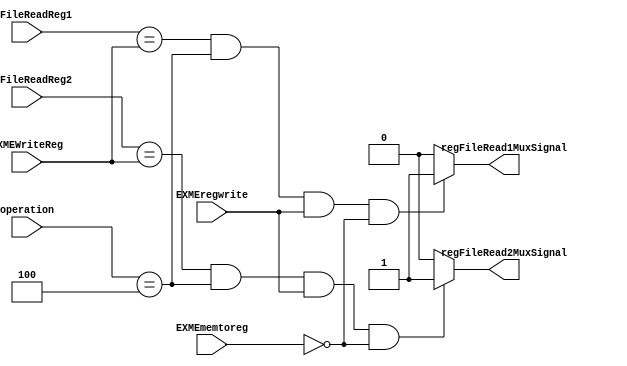
module diForwardingUnit (input [4:0] regFileReadReg1, input [4:0] regFileReadReg2, input [5:0] operation, input EXMEregwrite,input EXMEmemtoreg, input [4:0] EXMEWriteReg, output reg regFileRead1MuxSignal, output reg regFileRead2MuxSignal);

	parameter beqOperation = 6'b000100;
		 // nofrwrd = 2'b00,
			//  frwrdFromEXMEM = 2'b01,
			//  frwrdFromMEMWB = 2'b10;

	//reg frwrdReg1;
	//reg frwrdReg1Data;
	//reg frwrdReg2;
	//reg frwrdReg2Data;

	initial begin regFileRead1MuxSignal = 0 ;  regFileRead2MuxSignal = 0; end

	always @(*) begin

		if (regFileReadReg1 == EXMEWriteReg && operation == beqOperation && EXMEregwrite == 1'b1 && EXMEmemtoreg == 0) begin
			regFileRead1MuxSignal <=1;
		end
		else regFileRead1MuxSignal <= 0;

		if (regFileReadReg2 == EXMEWriteReg && operation == beqOperation && EXMEregwrite == 1'b1 && EXMEmemtoreg == 0 ) begin
			regFileRead2MuxSignal <=1;
		end

		else regFileRead2MuxSignal <= 0;

		//regFileRead1MuxSignal <= {frwrdReg1, frwrdReg1Data};
//		regFileRead2MuxSignal <= {frwrdReg2, frwrdReg2Data};

	end

endmodule